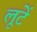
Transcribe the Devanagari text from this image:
लूटें